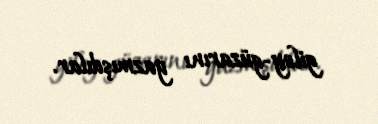
giley-güzarını yazmışdılar.